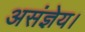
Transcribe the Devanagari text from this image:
असंज्ञेय।